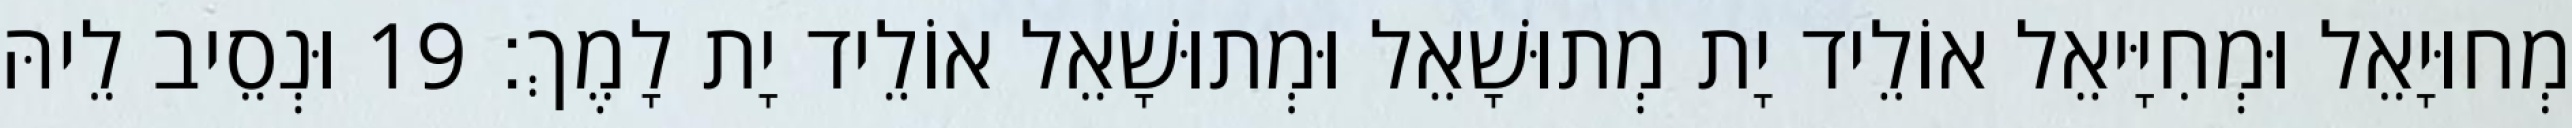
מְחוּיָאֵל וּמְחִיָּיאֵל אוֹלֵיד יָת מְתוּשָׁאֵל וּמְתוּשָׁאֵל אוֹלֵיד יָת לָמֶךְ׃ 19 וּנְסֵיב לֵיהּ